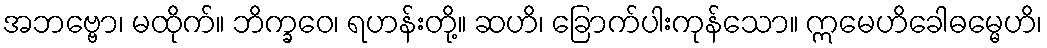
အဘဗ္ဗော၊ မထိုက်။ ဘိက္ခဝေ၊ ရဟန်းတို့။ ဆဟိ၊ ခြောက်ပါးကုန်သော။ ဣမေဟိခေါဓမ္မေဟိ၊